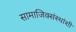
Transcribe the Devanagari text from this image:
सामाजिक्संस्थांशी